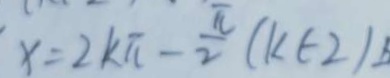
x = 2 k \pi - \frac { \pi } { 2 } ( k \in 2 )